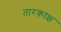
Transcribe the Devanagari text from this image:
तारकाक्ष